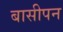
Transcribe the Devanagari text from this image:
बासीपन